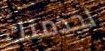
لخدمتك